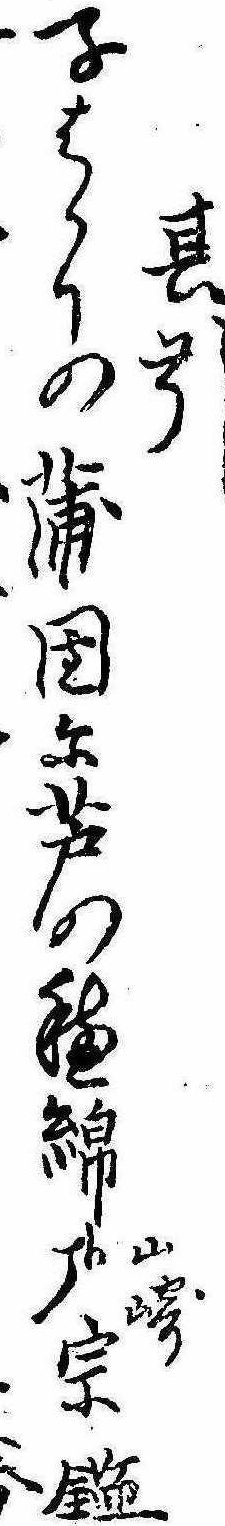
其引子はかりの蒲団に芦の穂綿哉山崎宗鑑